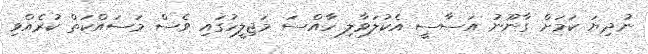
ނުދިޔަ ކަމަށް ގާނޫނު އަސާސީ އެކުލަވާލި ހާއްސަ މަޖިލީހުގައި ވެސް މަސައްކަތް ކުރެއްވި